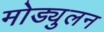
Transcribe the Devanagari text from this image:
मोड्युलन